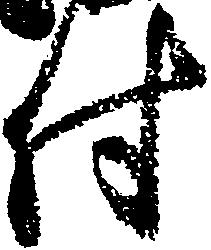
付